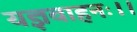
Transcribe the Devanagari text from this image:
यज्ञवाहनः।।